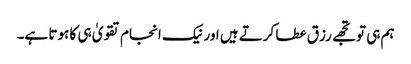
ہم ہی تو تجھے رزق عطا کرتے ہیں اور نیک انجام تقویٰ ہی کا ہوتا ہے۔